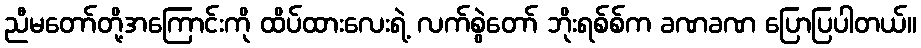
ညီမတော်တို့အကြောင်းကို ထိပ်ထားလေးရဲ့ လက်စွဲတော် ဘိုးရစ်စ်က ခဏခဏ ပြောပြပါတယ်။